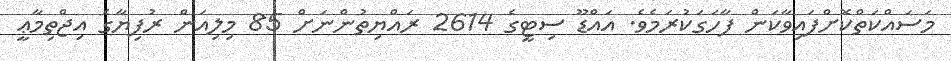
މަސައްކަތްކޮށްފައިވާކަން ފާހަގަކުރަމެވެ. އައްޑޫ ސިޓީގެ 2614 ރައްޔިތުންނަށް 85 މިލިއަން ރުފިޔާގެ އިޖްތިމާޢީ